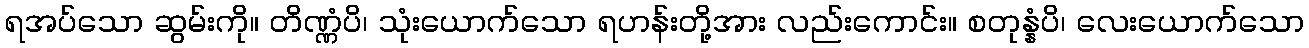
ရအပ်သော ဆွမ်းကို။ တိဏ္ဏံပိ၊ သုံးယောက်သော ရဟန်းတို့အား လည်းကောင်း။ စတုန္နံပိ၊ လေးယောက်သော